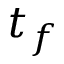
t _ { f }